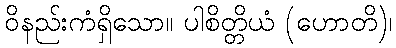
ဝိနည်းကံရှိသော။ ပါစိတ္တိယံ (ဟောတိ)၊